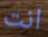
انت